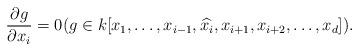
LaTeX: \begin{align*}\frac{\partial g}{\partial x_i}=0(g\in k[x_1,\ldots ,x_{i-1},\widehat{x_i},x_{i+1},x_{i+2},\ldots ,x_d]).\end{align*}